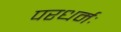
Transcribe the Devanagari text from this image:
परधर्मः